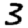
Digit: 3